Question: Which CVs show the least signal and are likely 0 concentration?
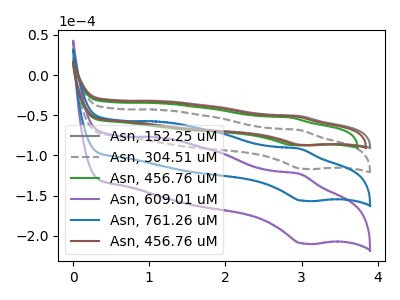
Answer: <think>The gray curve "Asn, 152.25 uM" has an anodic peak at (3.00V, -51.10uA) and a cathodic peak at (3.05V, -87.05uA). The gray dashed curve "Asn, 304.51 uM" has an anodic peak at (3.00V, -68.45uA) and a cathodic peak at (3.05V, -116.65uA). The green curve "Asn, 456.76 uM" has an anodic peak at (2.85V, -52.80uA) and a cathodic peak at (2.90V, -87.20uA). The purple curve "Asn, 609.01 uM" has an anodic peak at (3.00V, -205.40uA) and a cathodic peak at (3.05V, -350.00uA). The blue curve "Asn, 761.26 uM" has an anodic peak at (3.00V, -136.95uA) and a cathodic peak at (3.05V, -233.35uA). The brown curve "Asn, 456.76 uM" has an anodic peak at (2.95V, -51.65uA) and a cathodic peak at (3.00V, -87.10uA).</think>
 <answer>There are not any CV's on this graph that are likely to be blanks.</answer>
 <eval>none</eval>